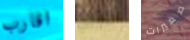
اقارب جوزي صغيرات